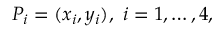
P _ { i } = ( x _ { i } , y _ { i } ) , \ i = 1 , \ldots , 4 ,